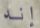
إنه